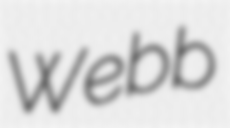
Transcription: Webb